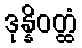
ဒုန္နိဝတ္ထံ